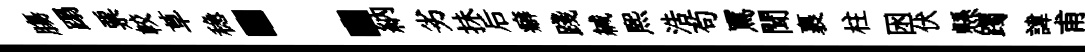
膓蹋票較草稳：納劣抺后癖踐緘煕浩茍罵聞裹柱囦伏懸躅諱甫